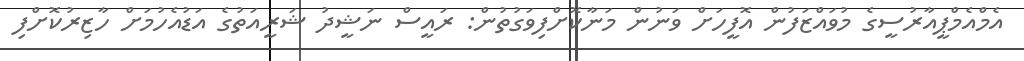
އެމްއެމްޕީއާރުސީގެ މުވައްޒަފުން އޮފީހަށް ވަނުން މަނާކޮށްފިވަގުތުން: ރައީސް ނަޝީދު ޝަރީއަތުގެ އަޑުއެހުމަށް ހާޒިރުކޮށްފި